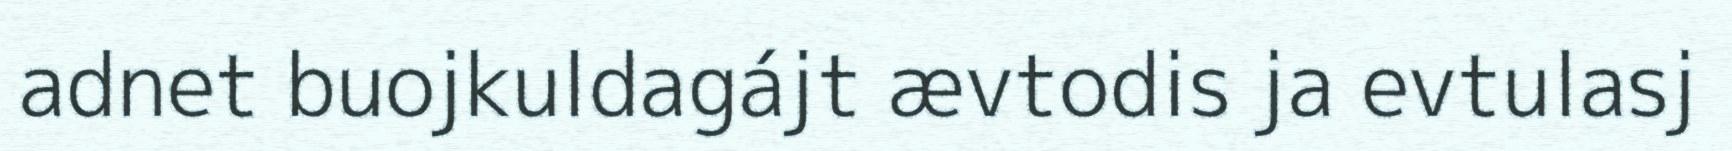
adnet buojkuldagájt ævtodis ja evtulasj